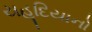
યહૂદિયાનો